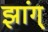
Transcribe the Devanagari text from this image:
झांग्